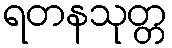
ရတနသုတ္တ